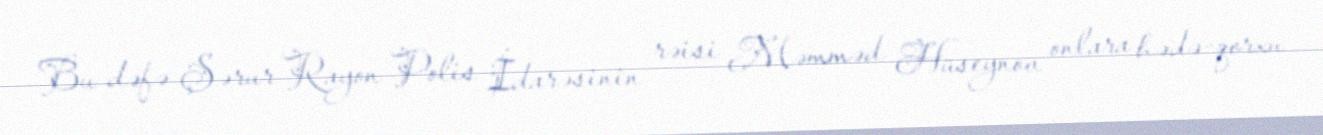
Bu dəfə Şərur Rayon Polis İdarəsinin rəisi Məmməd Hüseynov onlara hədə-qorxu